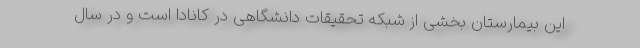
این بیمارستان بخشی از شبکه تحقیقات دانشگاهی در کانادا است و در سال